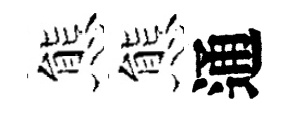
態態通